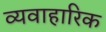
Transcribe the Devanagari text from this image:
व्यवाहारिक